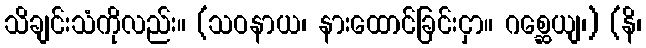
သိချင်းသံကိုလည်း။ (သဝနာယ၊ နားထောင်ခြင်းငှာ။ ဂစ္ဆေယျ၊) (နိ၊